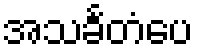
အသင်္ခတံပေ